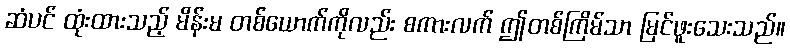
ဆံပင် ထုံးထားသည့် မိန်းမ တစ်ယောက်ကိုလည်း စကားလက် ဤတစ်ကြိမ်သာ မြင်ဖူးသေးသည်။